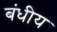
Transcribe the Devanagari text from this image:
बंधीय